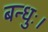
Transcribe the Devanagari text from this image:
बन्धुः।